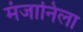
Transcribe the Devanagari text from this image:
मंजानिला